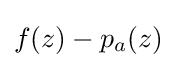
f(z)-p_{a}(z)